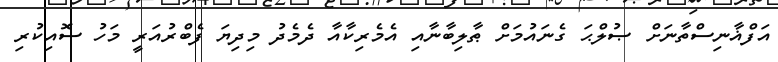
އަފްޣާނިސްތާނަށް ޞުލްޙަ ގެނައުމަށް ޠާލިބާނާއި އެމެރިކާއާ ދެމެދު މިދިޔަ ފެބްރުއަރީ މަހު ސޮއިކުރި